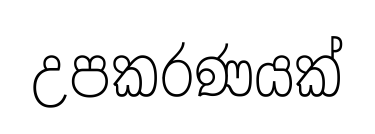
උපකරණයක්